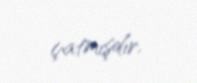
çatmışdır.